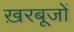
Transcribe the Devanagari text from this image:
ख़रबूजों